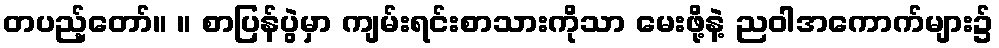
တပည့်တော်။ ။ စာပြန်ပွဲမှာ ကျမ်းရင်းစာသားကိုသာ မေးဖို့နဲ့ ညဝါအကောက်များ၌